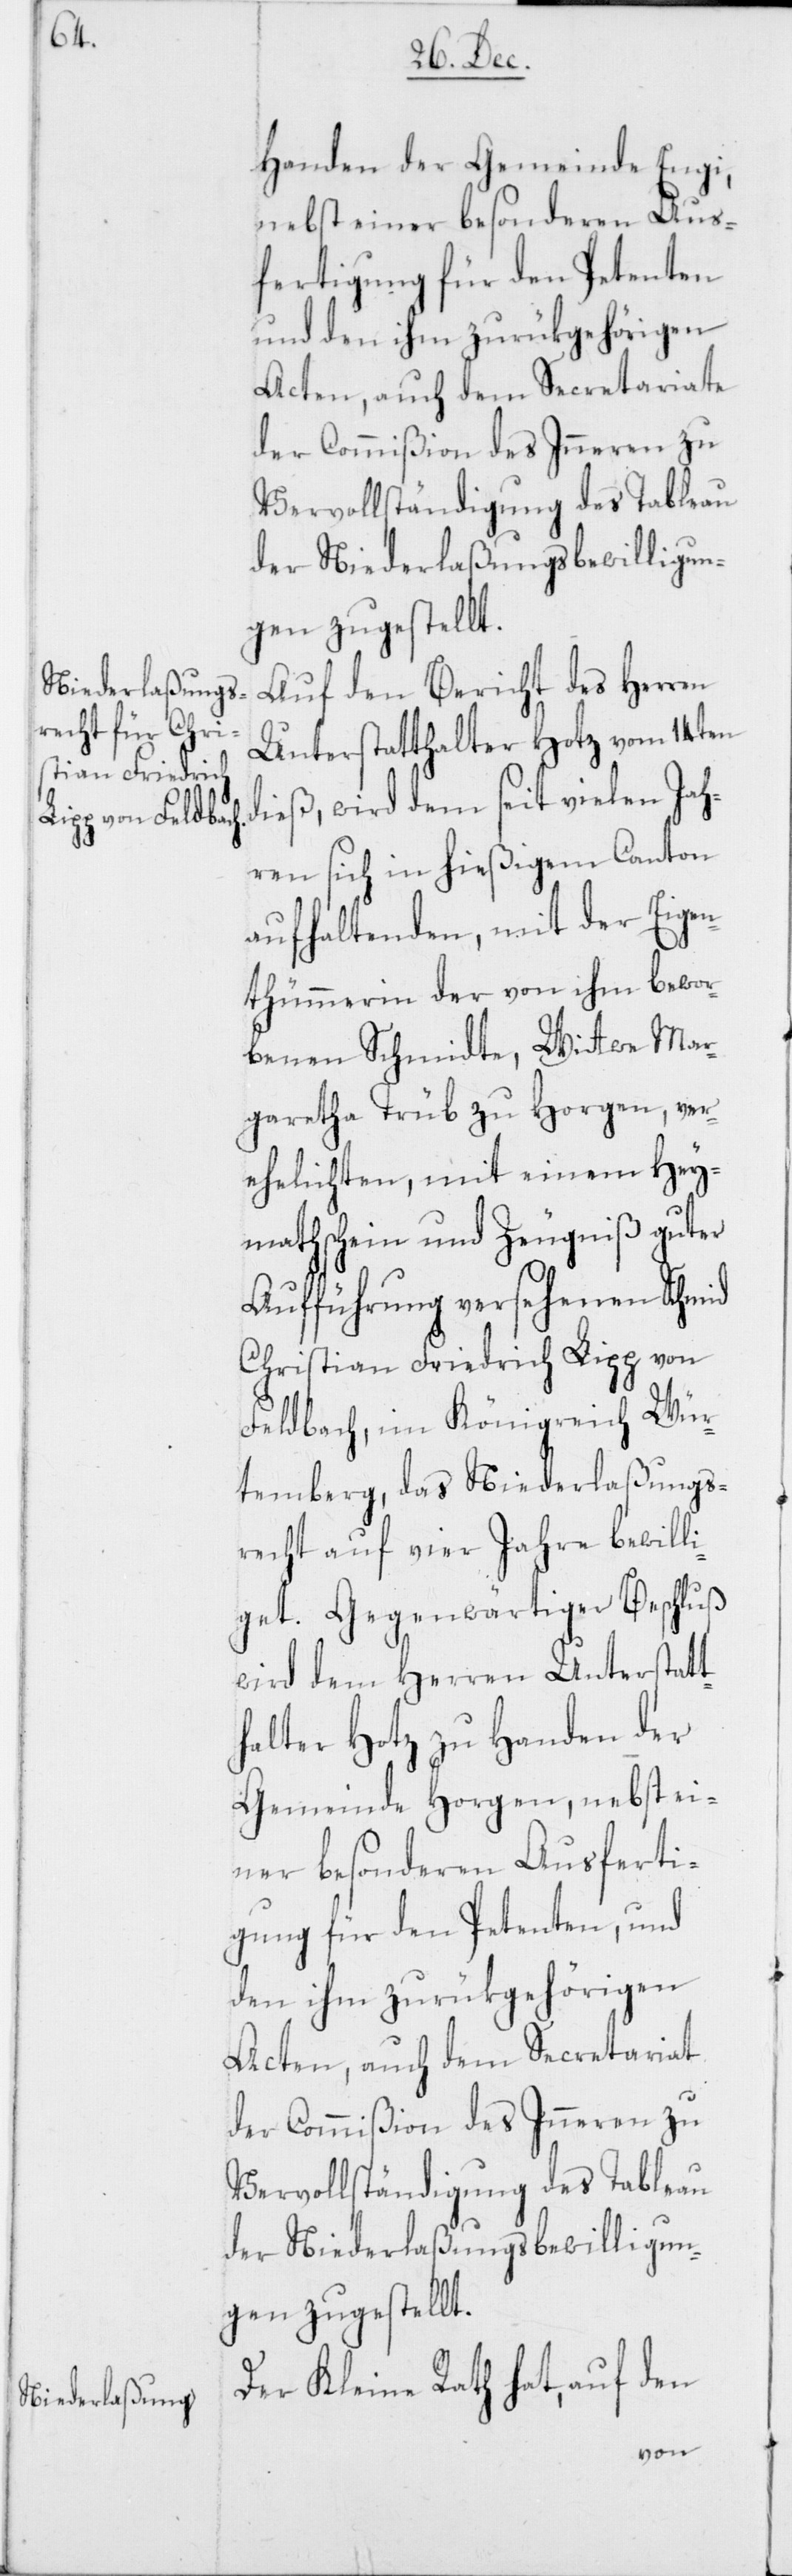
Handen der Gemeinde Engi,
nebst einer besonderen Aus¬
fertigung für den Petenten
und den ihm zurükgehörigen
Acten, auch dem Secretariate
der Commißion des Inneren zu
Vervollständigung des Tableau
der Niederlaßungsbewilligun¬
gen zugestellt.
Auf den Bericht des Herren
Unterstatthalter Hotz vom 14ten
dieß, wird dem seit vielen Jah¬
ren sich in hießigem Canton
aufhaltenden, mit der Eigen¬
thümmerin der von ihm bewor¬
benen Schmidte, Wittwe Mar¬
garetha Trüb zu Horgen, ver¬
ehelichten, mit einem Hey¬
mathschein und Zeugniß guter
Aufführung versehenen Schmid
Christian Friedrich Lipp von
Feldbach, im Königreich Wür¬
temberg, das Niederlaßungs¬
recht auf vier Jahre bewill¬
iget. Gegenwärtiger Beschluß
wird dem Herren Unterstatt¬
halter Hotz zu Handen der
Gemeinde Horgen, nebst ei¬
ner besonderen Ausferti¬
gung für den Petenten, und
den ihm zurükgehörigen
Acten, auch dem Secretariat
der Commißion des Inneren zu
Vervollständigung des Tableau
der Niederlaßungsbewilligun¬
gen zugestellt.
Der Kleine Rath hat, auf den